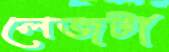
লেজটা